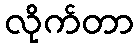
လိုက်တာ